Annual administration and progress report of the Indian Medical Department, Bombay
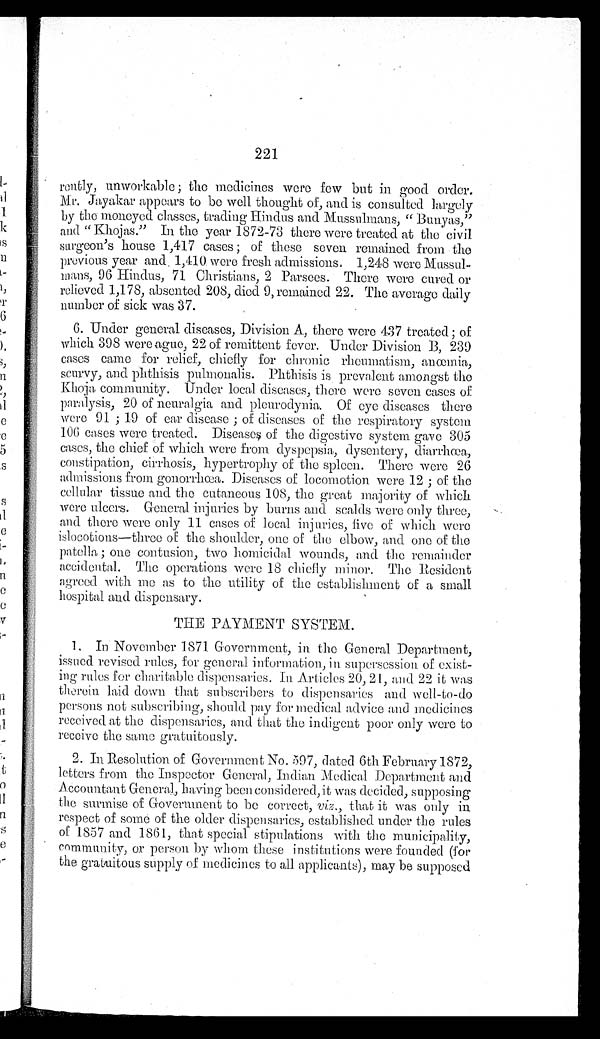
221
rently, unworkable; the medicines were few but in good order.
Mr. Jayakar appears to be well thought of, and is consulted largely
by the moneyed classes, trading Hindus and Mussulmans, "Bunyas,"
and "Khojas." In the year 1872-73 there were treated at the civil
surgeon's house 1,417 cases; of these seven remained from the
previous year and 1,410 were fresh admissions. 1,248 were Mussul
-
mans, 96 Hindus, 71 Christians, 2 Parsees. There were cured or
relieved 1,178, absented 208, died 9, remained 22. The average daily
number of sick was 37.
6. Under general diseases, Division A, there were 437 treated; of
which 398 were ague, 22 of remittent fever. Under Division B, 239
cases came for relief, chiefly for chronic rheumatism, anœmia,
scurvy, and phthisis pulmonalis. Phthisis is prevalent amongst the
Khoja community. Under local diseases, there were seven cases of
paralysis, 20 of neuralgia and pleurodynia. Of eye diseases there
were 91; 19 of ear disease; of diseases of the respiratory system
106 cases were treated. Diseases of the digestive system gave 305
cases, the chief of which were from dyspepsia, dysentery, diarrhœa,
constipation, cirrhosis, hypertrophy of the spleen. There were 26
admissions from gonorrhœa. Diseases of locomotion were 12; of the
cellular tissue and the cutaneous 108, the great majority of which
were ulcers. General injuries by burns and scalds were only three,
and there were only 11 cases of local injuries, five of which were
islocotions—three of the shoulder, one of the elbow, and one of the
patella; one contusion, two homicidal wounds, and the remainder
accidental. The operations were 18 chiefly minor. The Resident
agreed with me as to the utility of the establishment of a small
hospital and dispensary.
THE PAYMENT SYSTEM.
1. In November 1871 Government, in the General Department,
issued revised rules, for general information, in supersession of exist
-
ing rules for charitable dispensaries. In Articles 20, 21, and 22 it was
therein laid down that subscribers to dispensaries and well-to-do
persons not subscribing, should pay for medical advice and medicines
received at the dispensaries, and that the indigent poor only were to
receive the same gratuitously.
2. In Resolution of Government No. 597, dated 6th February 1872,
letters from the Inspector General, Indian Medical Department and
Accountant General, having been considered, it was decided, supposing
the surmise of Government to be correct, viz., that it was only in
respect of some of the older dispensaries, established under the rules
of 1857 and 1861, that special stipulations with the municipality,
community, or person by whom these institutions were founded (for
the gratuitous supply of medicines to all applicants), may be supposed